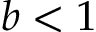
b < 1